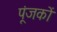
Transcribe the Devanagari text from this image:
पूंजकों